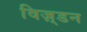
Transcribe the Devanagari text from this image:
विज़्डन